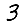
Digit: 3